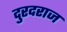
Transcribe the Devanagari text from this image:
दुरदराज